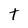
Character: t